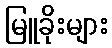
မြူခိုးများ